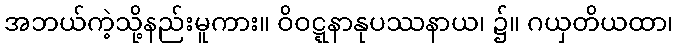
အဘယ်ကဲ့သို့နည်းမူကား။ ဝိဝဋ္ဋနာနုပဿနာယ၊ ၌။ ဂယှတိယထာ၊